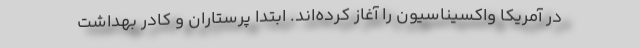
در آمریکا واکسیناسیون را آغاز کرده‌اند. ابتدا پرستاران و کادر بهداشت